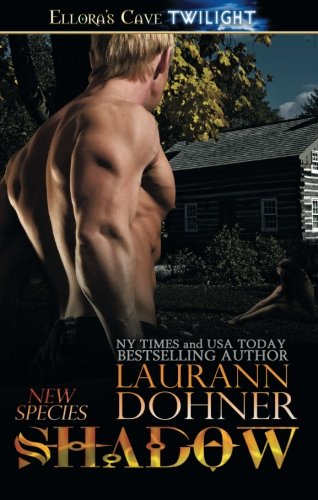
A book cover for Shadow (New Spiecies); Laurann Dohner; Romance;